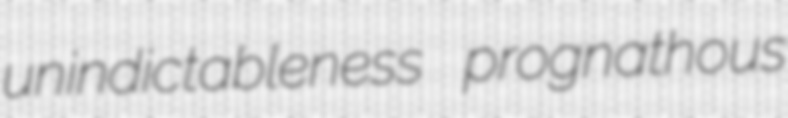
unindictableness prognathous